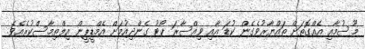
މޫސުމާއި އެއްގޮތަށް ތައްޔާރުވެގެން ކުޑަ އާއި ވިއްސާރަ ކޯޓު ގެންދިއުމަށް އެމްޑީޕީން އިލްތިމާސްކުރެއެވެ.